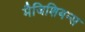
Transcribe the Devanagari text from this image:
मैजिशियन्स